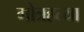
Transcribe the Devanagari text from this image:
गोत्रहत्या